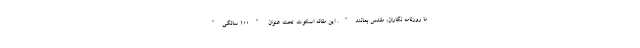
ما روزنامه نگاران، مقدس بمانند". این مقاله اسکوت تحت عنوان "100 سالگی"